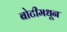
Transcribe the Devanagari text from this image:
बोटीमधून